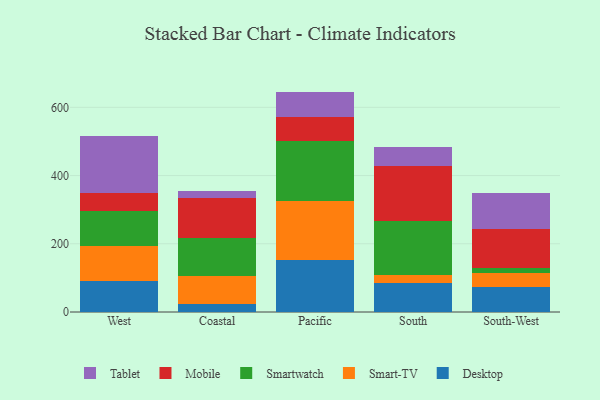
{"axis": {"x": "Region", "y": "Net Income (USD K)"}, "legend": ["Desktop", "Mobile", "Smart-TV", "Smartwatch", "Tablet"], "data": [{"x": "West", "y": 89.8, "type": "Desktop"}, {"x": "West", "y": 105.1, "type": "Smart-TV"}, {"x": "West", "y": 102.6, "type": "Smartwatch"}, {"x": "West", "y": 50.0, "type": "Mobile"}, {"x": "West", "y": 168.9, "type": "Tablet"}, {"x": "Coastal", "y": 22.7, "type": "Desktop"}, {"x": "Coastal", "y": 83.3, "type": "Smart-TV"}, {"x": "Coastal", "y": 110.3, "type": "Smartwatch"}, {"x": "Coastal", "y": 119.2, "type": "Mobile"}, {"x": "Coastal", "y": 20.4, "type": "Tablet"}, {"x": "Pacific", "y": 151.8, "type": "Desktop"}, {"x": "Pacific", "y": 172.3, "type": "Smart-TV"}, {"x": "Pacific", "y": 177.5, "type": "Smartwatch"}, {"x": "Pacific", "y": 70.9, "type": "Mobile"}, {"x": "Pacific", "y": 73.6, "type": "Tablet"}, {"x": "South", "y": 85.6, "type": "Desktop"}, {"x": "South", "y": 24.1, "type": "Smart-TV"}, {"x": "South", "y": 157.5, "type": "Smartwatch"}, {"x": "South", "y": 161.8, "type": "Mobile"}, {"x": "South", "y": 53.8, "type": "Tablet"}, {"x": "South-West", "y": 72.2, "type": "Desktop"}, {"x": "South-West", "y": 42.4, "type": "Smart-TV"}, {"x": "South-West", "y": 13.5, "type": "Smartwatch"}, {"x": "South-West", "y": 116.6, "type": "Mobile"}, {"x": "South-West", "y": 104.2, "type": "Tablet"}]}